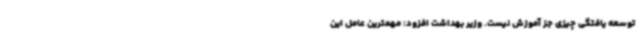
توسعه یافتگی چیزی جز آموزش نیست. وزیر بهداشت افزود: مهمترین عامل این